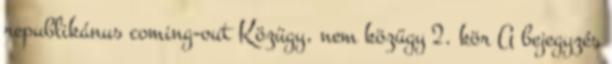
republikánus coming-out Közügy, nem közügy 2. kör A bejegyzés